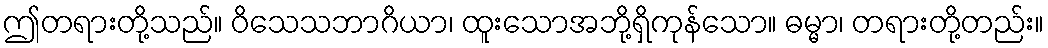
ဤတရားတို့သည်။ ဝိသေသဘာဂိယာ၊ ထူးသောအဘို့ရှိကုန်သော။ ဓမ္မာ၊ တရားတို့တည်း။